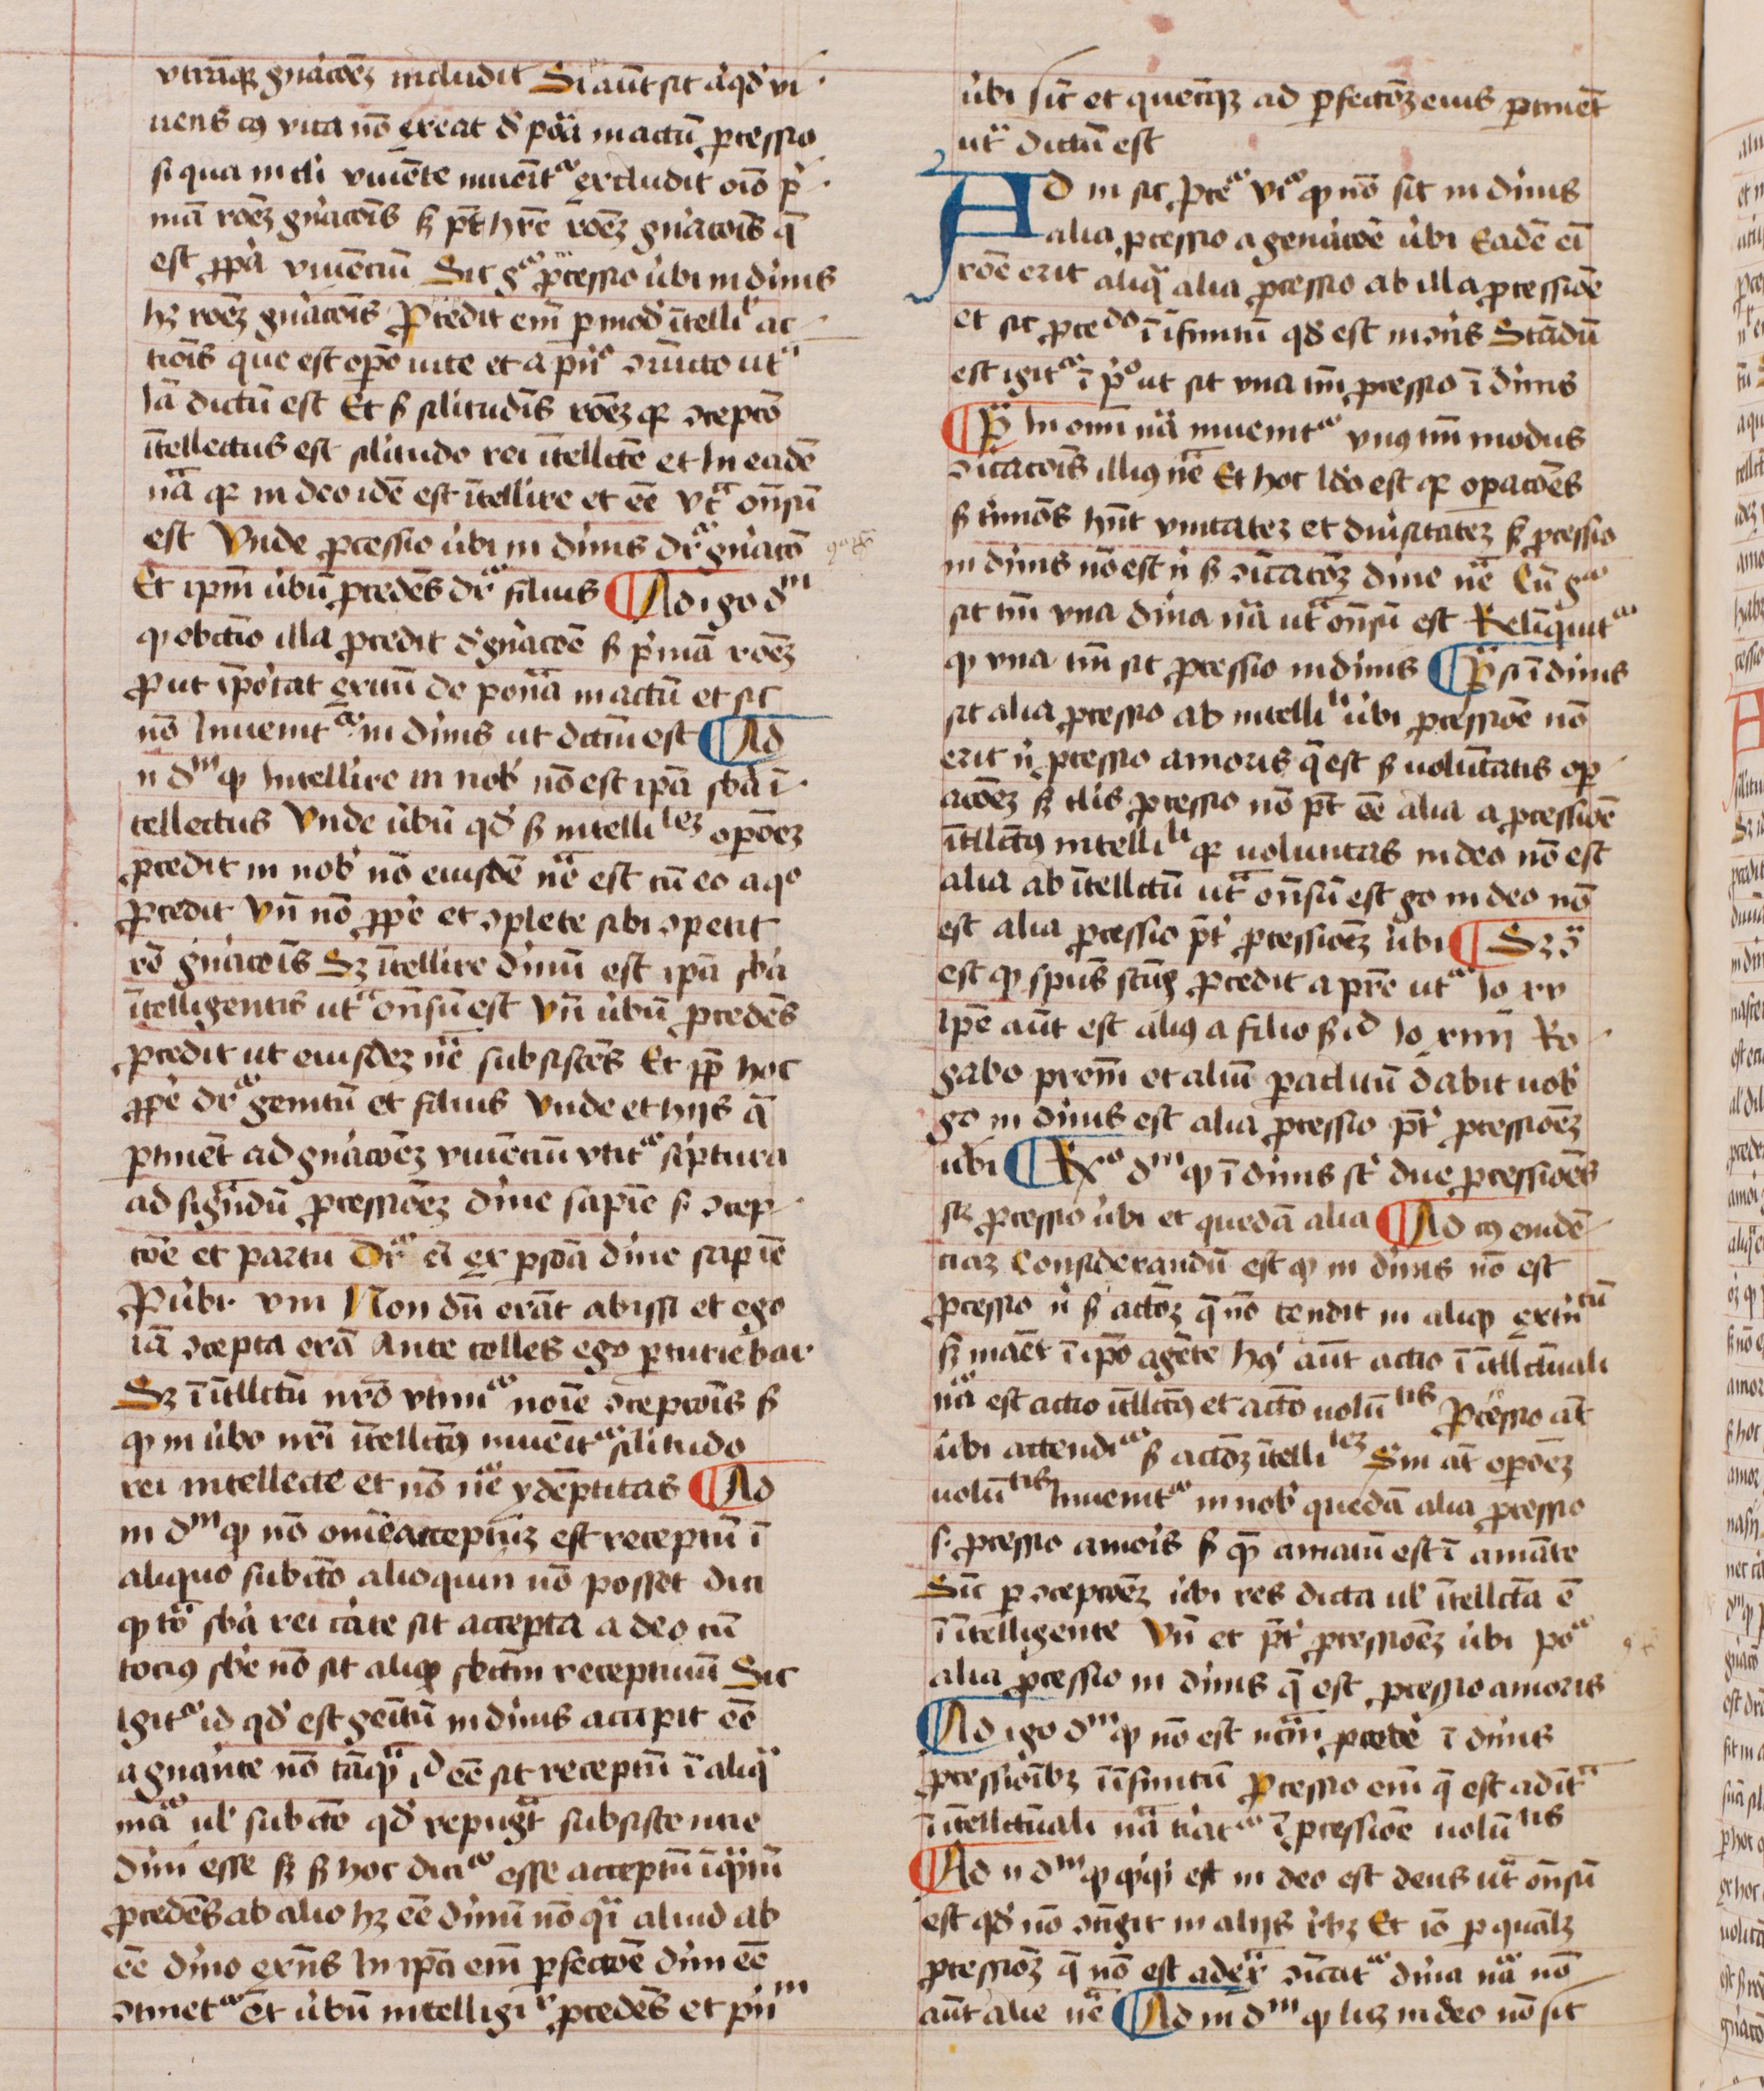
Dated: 1450–1474